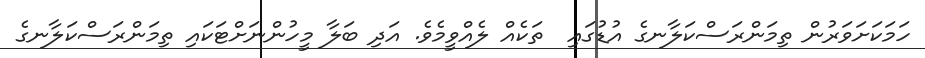
ހަމަކަށަވަރުން ތިމަންރަސްކަލާނގެ އުޑުގައި  ތަކެއް ލެއްވީމެވެ. އަދި ބަލާ މީހުންނަށްޓަކައި ތިމަންރަސްކަލާނގެ